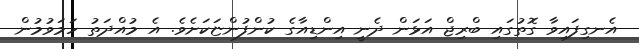
އެނގިފައިވާ ގޮތުގައި ބްރިޖް އަޅަން ދެނީ އިންޑިއާގެ ކުންފުންޏަކަށެވެ. އެ މުއްދަތު ހަމަވުމުން